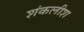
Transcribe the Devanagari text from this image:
शंकलीश